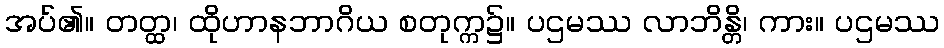
အပ်၏။ တတ္ထ၊ ထိုဟာနဘာဂိယ စတုက္က၌။ ပဌမဿ လာဘိန္တိ၊ ကား။ ပဌမဿ